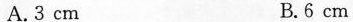
A.3cm B.6cm